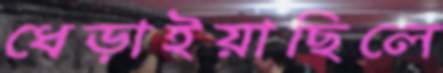
ধেড়াইয়াছিলে